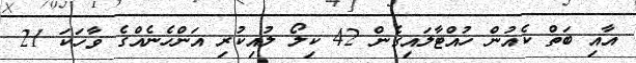
އާއި ބަތް ކެއުން ހުއްޓާލައިގެން 42 ކިލޯ ލުއިކުރި އަންހެނެއްގެ ވާހަކަ 21